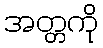
အတ္တကို